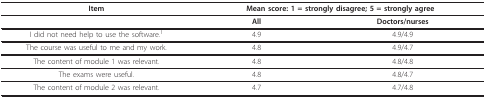
<table><thead><tr><td><b>Item</b></td><td colspan="2"><b>Mean score: 1 = strongly disagree; 5 = strongly agree</b></td></tr></thead><tbody><tr><td></td><td><b>All</b></td><td><b>Doctors/nurses</b></td></tr><tr><td>I did not need help to use the software.<sup>1</sup></td><td>4.9</td><td>4.9/4.9</td></tr><tr><td>The course was useful to me and my work.</td><td>4.8</td><td>4.9/4.7</td></tr><tr><td>The content of module 1 was relevant.</td><td>4.8</td><td>4.8/4.8</td></tr><tr><td>The exams were useful.</td><td>4.8</td><td>4.8/4.7</td></tr><tr><td>The content of module 2 was relevant.</td><td>4.7</td><td>4.7/4.8</td></tr></tbody></table>